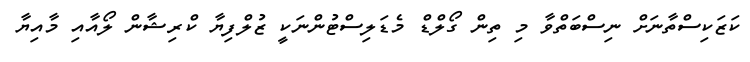
ކަޒަކިސްތާނަށް ނިސްބަތްވާ މި ތިން ގޯލްޑް މެޑަލިސްޓުންނަކީ ޒުލްފިޔާ ކްރިޝާން ލޯއާއި މާއިޔާ